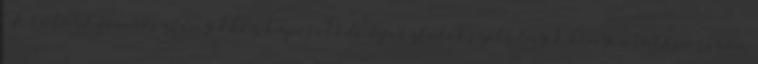
. A FuturAqua részvényekhez kapcsolódó új osztalékszelvények kinyomtatása során